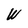
Character: W